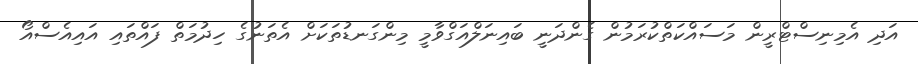
އަދި އެމިނިސްޓްރީން މަސައްކަތްކުރަމުން ގެންދަނީ ބައިނަލްއަގްވާމީ މިންގަނޑުތަކަށް އެތަނުގެ ހިދުމަތް ފައްތައި އައިއެސްއޯ